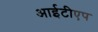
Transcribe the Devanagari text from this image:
आईटीएप